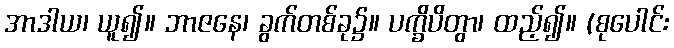
အာဒါယ၊ ယူ၍။ ဘာဇနေ၊ ခွက်တစ်ခု၌။ ပက္ခိပိတွာ၊ ထည့်၍။ (စုပေါင်း